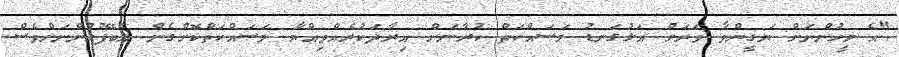
"އެ މީހުންނަށް ޔަގީންވާ ވަރަށް އަޅުގަނޑު މަސައްކަތް ކުރާނަން އިރާދަކުރެއްވިއްޔާ މަސައްކަތްކޮށްގެން އެބޭފުޅުންނަށްވެސް